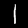
Label: 1